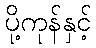
ပို့ကုန်နှင့်